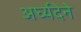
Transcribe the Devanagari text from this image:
अर्घ्यदेने